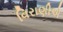
વિરાણીએ